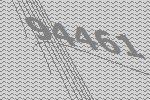
94461